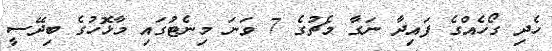
ހެދި ގޯހެއްގެ ފައިދާ ނަގާ މެޗުގެ 7 ވަނަ މިނެޓުގައި މާޅޮހުގެ ބިދޭސީ